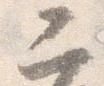
二